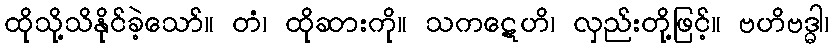
ထိုသို့သိနိုင်ခဲ့သော်။ တံ၊ ထိုဆားကို။ သကဋေဟိ၊ လှည်းတို့ဖြင့်။ ဗဟိဗဒ္ဓါ၊